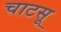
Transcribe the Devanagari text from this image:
चाटसू